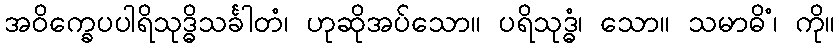
အဝိက္ခေပပါရိသုဒ္ဓိသင်္ခါတံ၊ ဟုဆိုအပ်သော။ ပရိသုဒ္ဓံ၊ သော။ သမာဓိံ၊ ကို။